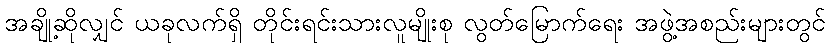
အချို့ဆိုလျှင် ယခုလက်ရှိ တိုင်းရင်းသားလူမျိုးစု လွတ်မြောက်ရေး အဖွဲ့အစည်းများတွင်